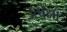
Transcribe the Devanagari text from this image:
उत्पेक्षा